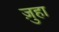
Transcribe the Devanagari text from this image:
ज़ुहा